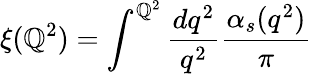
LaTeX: \xi(\mathbb{Q}^{2})=\int^{\mathbb{Q}^{2}}{\frac{{dq^{2}}}{{q^{2}}}}{\frac{{\alpha_{s}(q^{2})}}{{\pi}}}